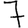
Digit: 7